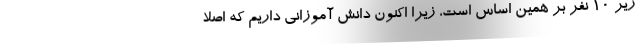
زیر 10 نفر بر همین اساس است، زیرا اکنون دانش آموزانی داریم که اصلا